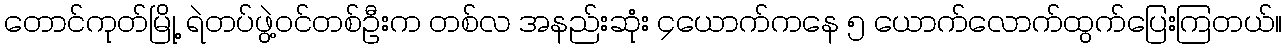
တောင်ကုတ်မြို့ ရဲတပ်ဖွဲ့ဝင်တစ်ဦးက တစ်လ အနည်းဆုံး ၄ယောက်ကနေ ၅ ယောက်လောက်ထွက်ပြေးကြတယ်။